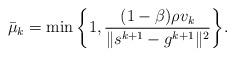
LaTeX: \begin{align*}\bar{\mu}_k =\min\bigg\{1, \frac{(1-\beta)\rho v_k}{\|s^{k+1} - g^{k+1}\|^2}\bigg\}.\end{align*}